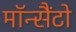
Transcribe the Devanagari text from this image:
मॉन्सैंटो